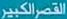
القصر الكبير